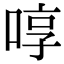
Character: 啍